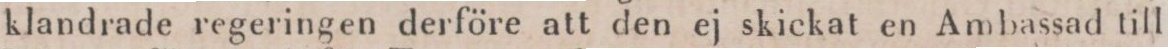
klandrade regeringen derföre att den ej skickat en Ambassad till